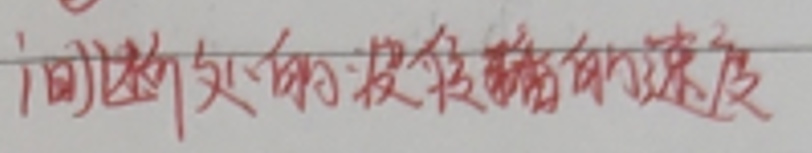
间断处的波浪线的速度